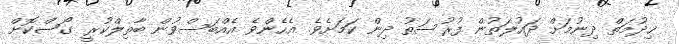
ޚިދުމަތް ދިނުމަށް ދައުލަތުން ފުރުސަތު ދިން ކަމަށެވެ. އެހެންވެ އެއްބަސްވުން ބާތިލްކުރީ ގޯސްކޮށް